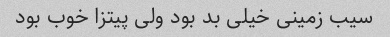
سیب زمینی خیلی بد بود ولی پیتزا خوب بود